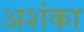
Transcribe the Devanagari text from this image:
अशंका